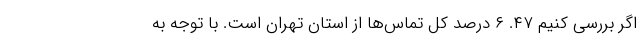
اگر بررسی کنیم ۴۷. ۶ درصد کل تماس‌ها از استان تهران است. با توجه به